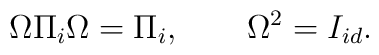
\Omega \Pi _{i}\Omega =\Pi _{i},\qquad \Omega ^{2}=I_{id}.